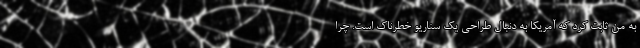
به من ثابت کرد که آمریکا به دنبال طراحی یک سناریو خطرناک است. چرا